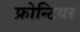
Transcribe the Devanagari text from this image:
फ्रोन्टियर